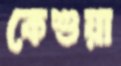
কেশুয়া